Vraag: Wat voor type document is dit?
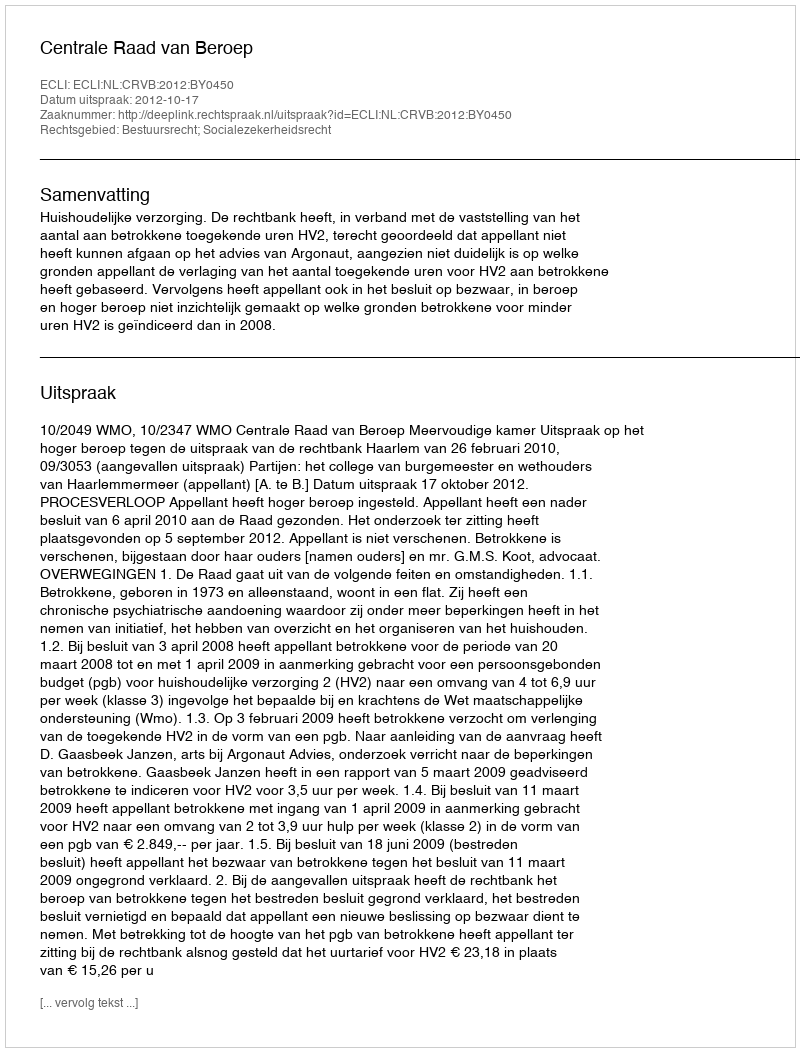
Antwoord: Uitspraak